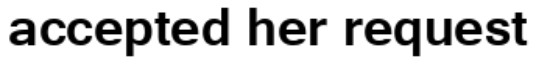
accepted her request